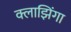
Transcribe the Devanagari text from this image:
क्लाझिंगा